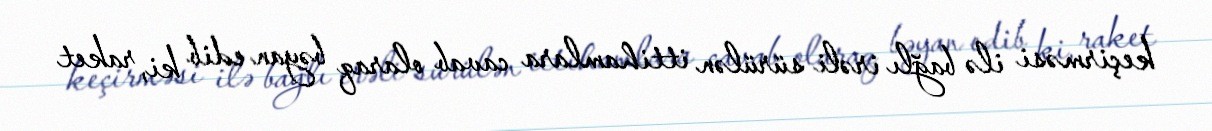
keçirməsi ilə bağlı irəli sürülən ittihamlara cavab olaraq bəyan edib ki, raket